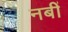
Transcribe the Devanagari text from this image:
नबीं